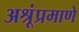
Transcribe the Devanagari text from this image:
अश्रूंप्रमाणे